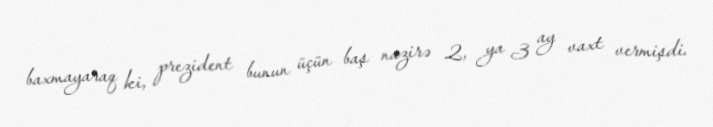
baxmayaraq ki, prezident bunun üçün baş nazirə 2, ya 3 ay vaxt vermişdi.